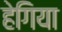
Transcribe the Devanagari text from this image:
हेगिया